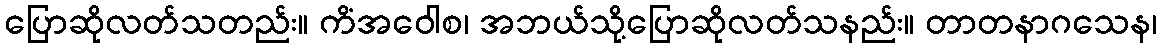
ပြောဆိုလတ်သတည်း။ ကိံအဝေါစ၊ အဘယ်သို့ပြောဆိုလတ်သနည်း။ တာတနာဂသေန၊